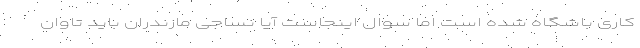
کاری باشگاه شده است اما سوال اینجاست آیا نساجی مازندران باید تاوان